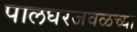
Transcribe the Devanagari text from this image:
पालघरजवळच्या